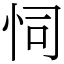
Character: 𢘜